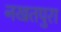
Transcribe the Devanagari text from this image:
नखतपुरा